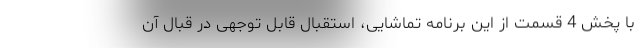
با پخش 4 قسمت از این برنامه تماشایی، استقبال قابل توجهی در قبال آن